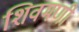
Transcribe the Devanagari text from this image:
शिवमणी